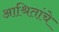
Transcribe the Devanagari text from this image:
आश्रितांचे